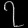
Digit: ၇